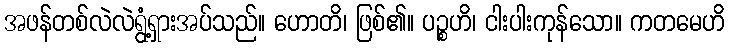
အဖန်တစ်လဲလဲရွံ့ရှားအပ်သည်။ ဟောတိ၊ ဖြစ်၏။ ပဉ္စဟိ၊ ငါးပါးကုန်သော။ ကတမေဟိ